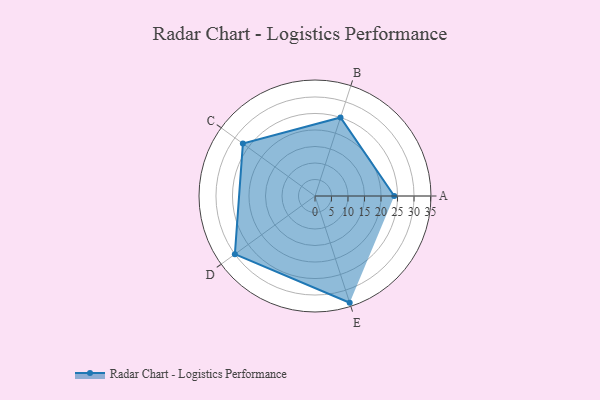
{"axis": {"x": "Skill", "y": "Score"}, "legend": ["Profile"], "data": [{"x": "A", "y": 24.0, "type": "Profile"}, {"x": "B", "y": 25.0, "type": "Profile"}, {"x": "C", "y": 27.0, "type": "Profile"}, {"x": "D", "y": 30.0, "type": "Profile"}, {"x": "E", "y": 34.0, "type": "Profile"}]}